Civil Veterinary Department ledger series I-VI
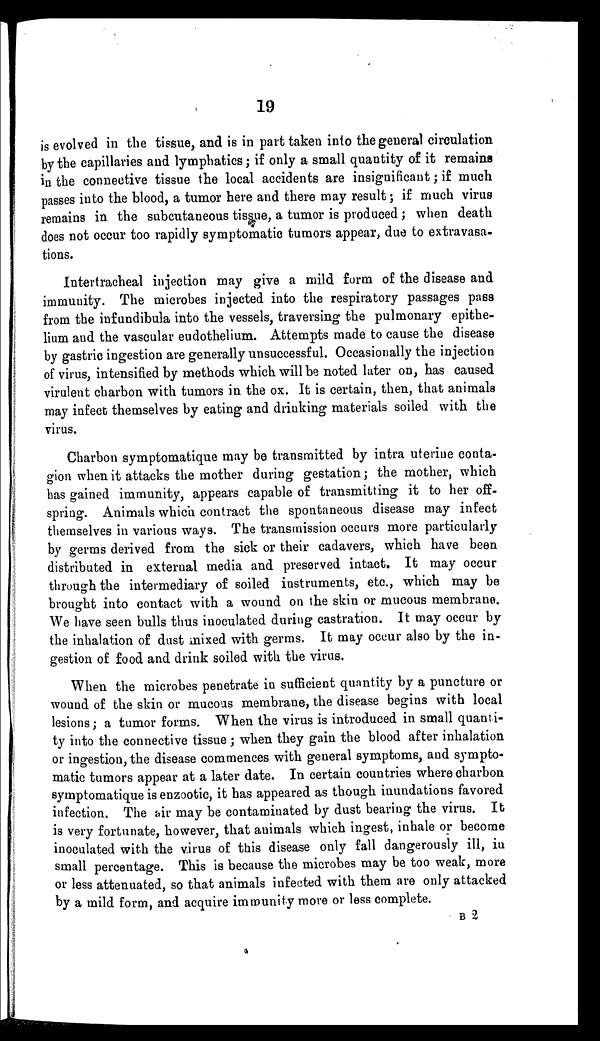
19
is evolved in the tissue, and is in part taken into the general circulation
by the capillaries and lymphatics; if only a small quantity of it remains
in the connective tissue the local accidents are insignificant; if much
passes into the blood, a tumor here and there may result; if much virus
remains in the subcutaneous tissue, a tumor is produced; when death
does not occur too rapidly symptomatic tumors appear, due to extravasa-
tions.
Intertracheal injection may give a mild form of the disease and
immunity. The microbes injected into the respiratory passages pass
from the infundibula into the vessels, traversing the pulmonary epithe-
lium and the vascular eudothelium. Attempts made to cause the disease
by gastric ingestion are generally unsuccessful. Occasionally the injection
of virus, intensified by methods which will be noted later on, has caused
virulent charbon with tumors in the ox. It is certain, then, that animals
may infect themselves by eating and drinking materials soiled with the
virus.
Charbon symptomatique may be transmitted by intra uterine conta-
gion when it attacks the mother during gestation; the mother, which
has gained immunity, appears capable of transmitting it to her off-
spring. Animals which contract the spontaneous disease may infect
themselves in various ways. The transmission occurs more particularly
by germs derived from the sick or their cadavers, which have been
distributed in external media and preserved intact. It may occur
through the intermediary of soiled instruments, etc., which may be
brought into contact with a wound on the skin or mucous membrane.
We have seen bulls thus inoculated during castration. It may occur by
the inhalation of dust mixed with germs. It may occur also by the in-
gestion of food and drink soiled with the virus.
When the microbes penetrate in sufficient quantity by a puncture or
wound of the skin or mucous membrane, the disease begins with local
lesions; a tumor forms. When the virus is introduced in small quanti-
ty into the connective tissue; when they gain the blood after inhalation
or ingestion, the disease commences with general symptoms, and sympto-
matic tumors appear at a later date. In certain countries where charbon
symptomatique is enzootic, it has appeared as though inundations favored
infection. The air may be contaminated by dust bearing the virus. It
is very fortunate, however, that animals which ingest, inhale or become
inoculated with the virus of this disease only fall dangerously ill, in
small percentage. This is because the microbes may be too weak, more
or less attenuated, so that animals infected with them are only attacked
by a mild form, and acquire immunity more or less complete.
B 2